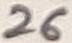
Text: 26